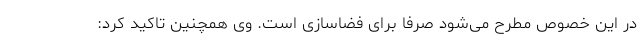
در این خصوص مطرح می‌شود صرفا برای فضاسازی است. وی همچنین تاکید کرد: